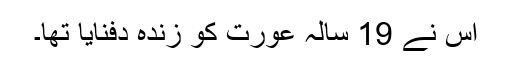
اس نے 19 سالہ عورت کو زندہ دفنایا تھا۔